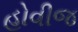
હોવીજ